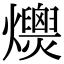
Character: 𤒾